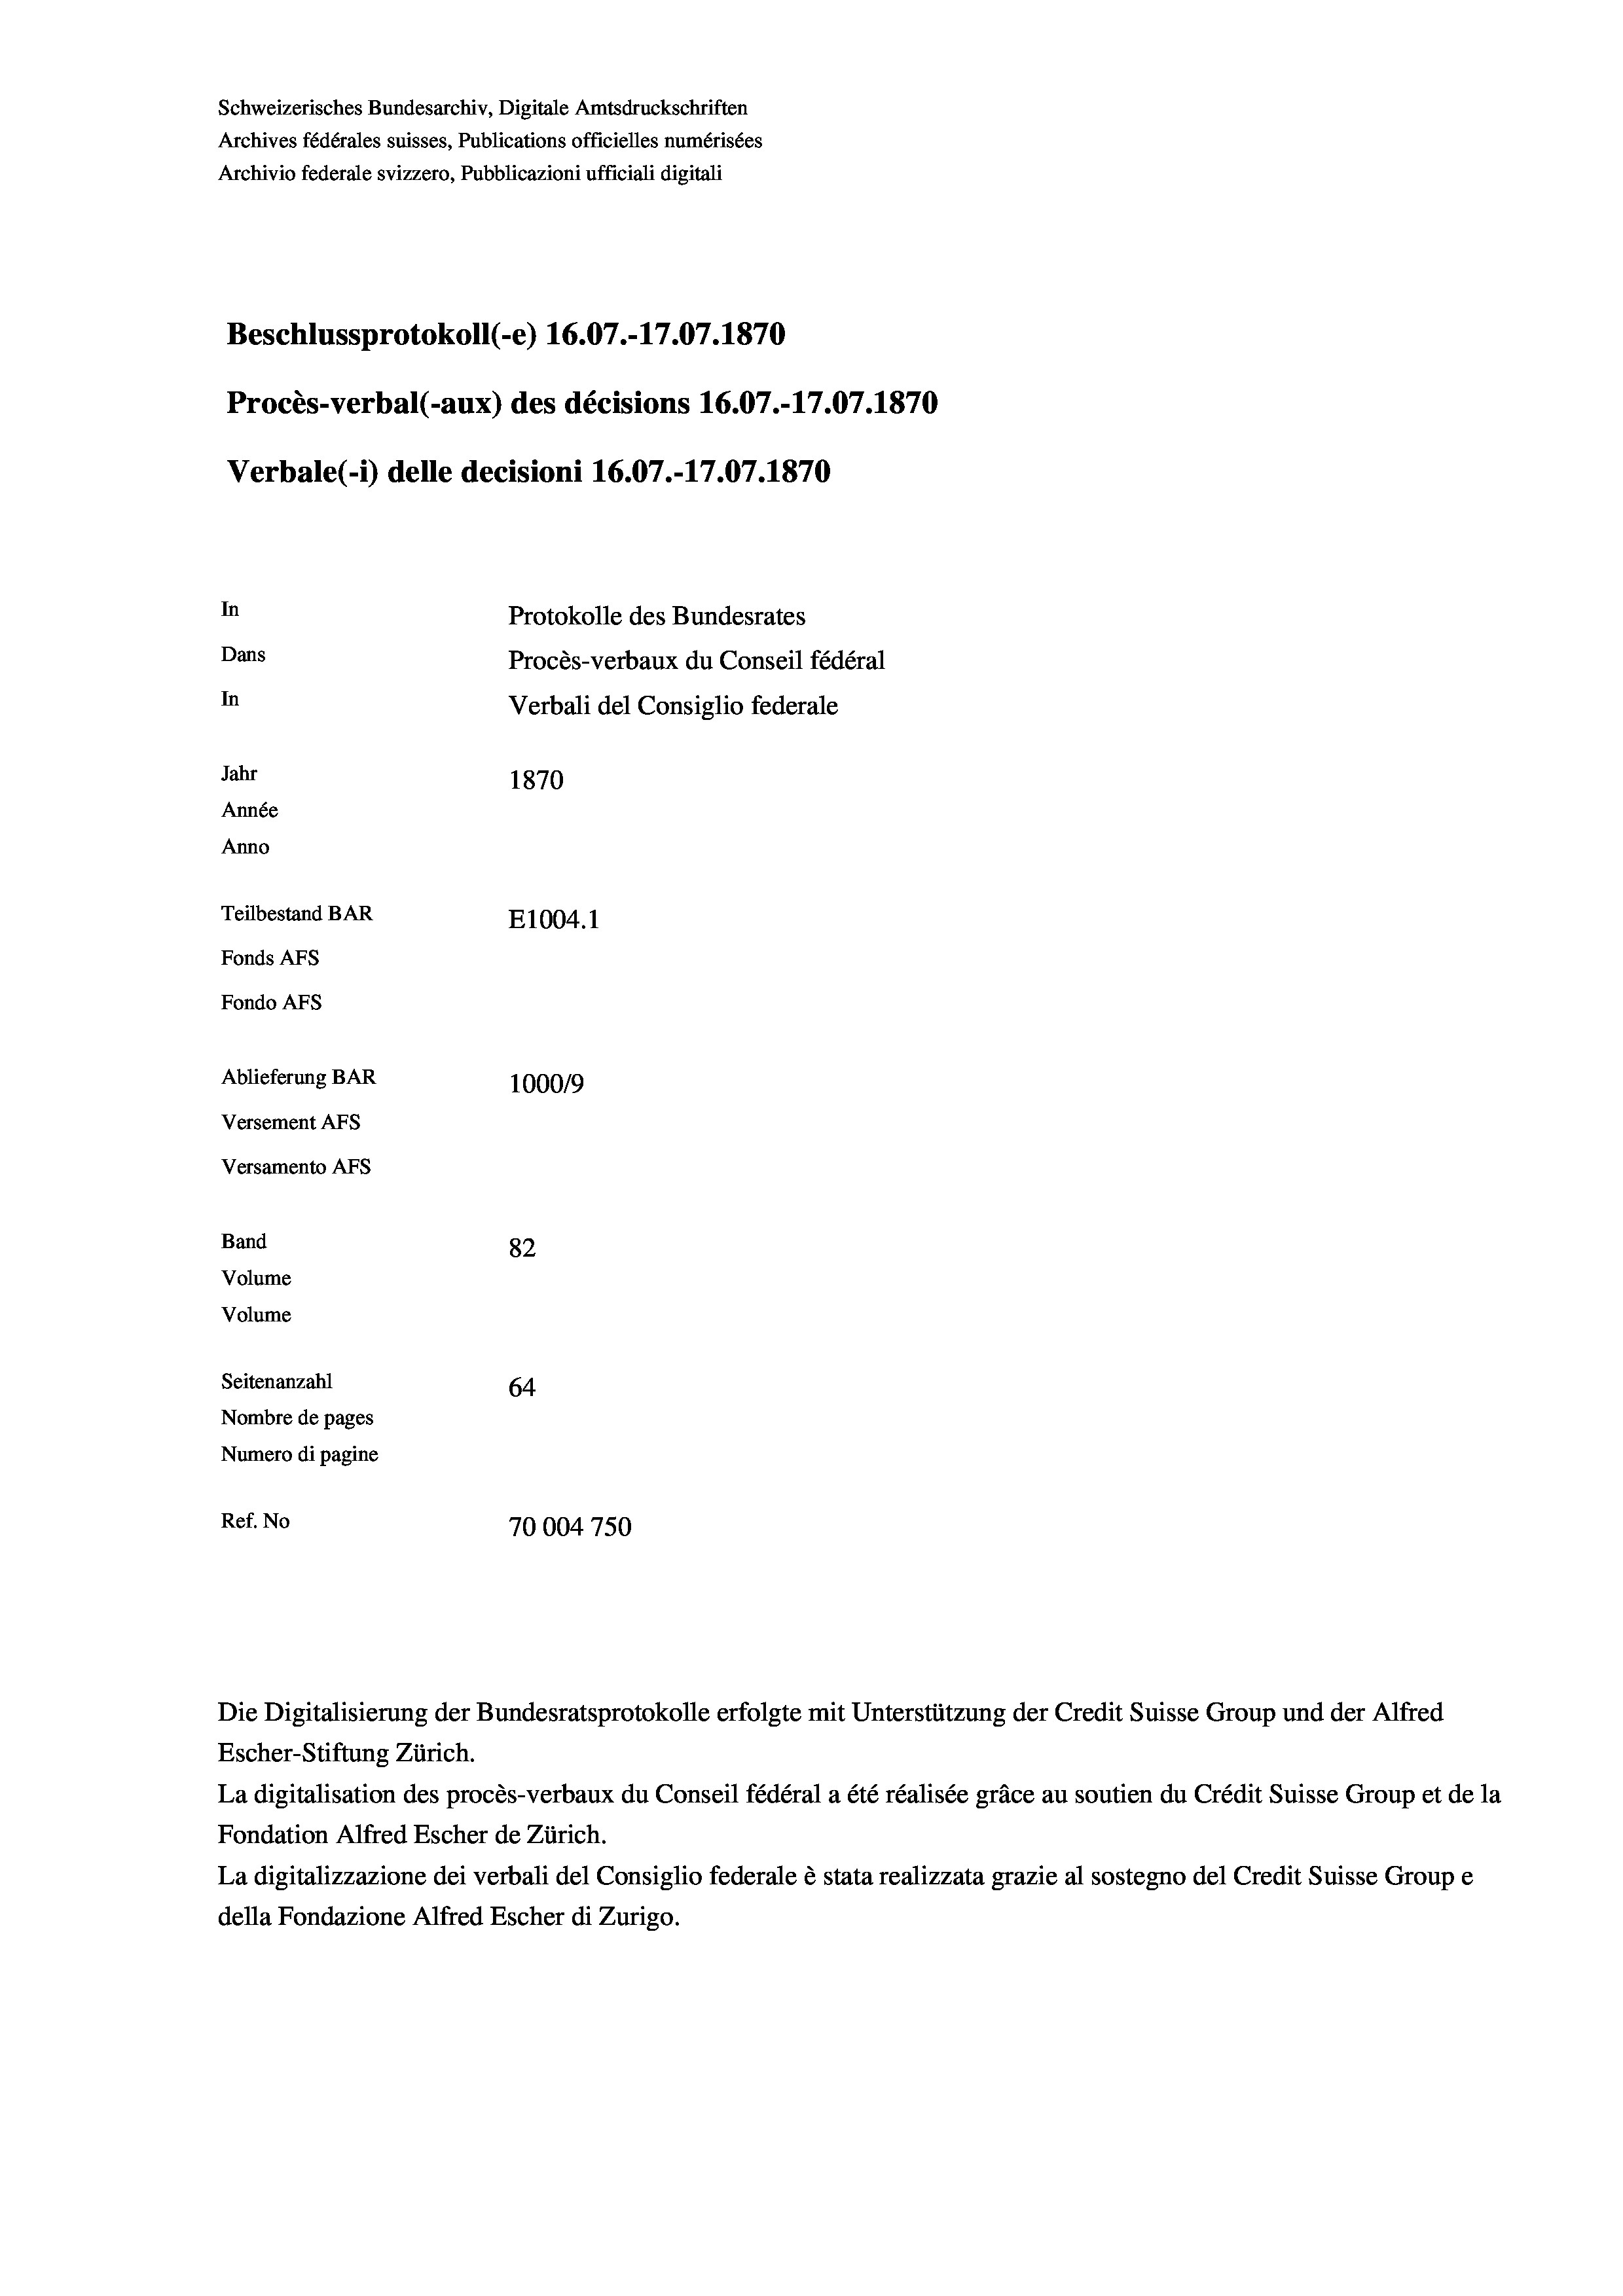
Schweizerisches Bundesarchiv, Digitale Amtsdruckschriften
Archives fédérales suisses, Publications officielles numérisées
Archivio federale svizzero, Pubblicazioni ufficiali digitali
Beschlussprotokoll (-e) 16.07.-17.07. 1870
Procès-verbal (-aux) des décisions 16.07.-17.07.1870
Verbale (1) delle decisioni 16.07.-17.07. 1870
In
Protokolle des Bundesrates
Dans
Procès-verbaux du Conseil fédéral
In
Verbali del Consiglio federale
Jahr
1870
Année
Anno
Teilbestand BAR
E1004. 1
Fonds Afs
Fondo AFs
Ablieferung BAR
100019
Versement AFs
Versamento AFs

82
Volume
Volume
Seitenanzahl
64
Nombre de pages
Numero di pagine
Ref. No
70004 750

Band

Die Digitalisierung der Bundesratsprotokolle erfolgte mit Unterstützung der Credit Suisse Group und der Alfred
Escher-Stiftung Zürich.
La digitalisation des procès-verbaux du Conseil fédéral a été réalisée gräce au soutien du Crédit Suisse Group et de la
Fondation Alfred Escher de Zürich.
La digitalizzazione dei verbali del Consiglio federale è stata realizzata grazie al sostegno del Credit Suisse Groupe
della Fondazione Alfred Escher di Zurigo.